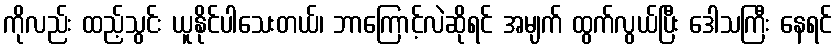
ကိုလည်း ထည့်သွင်း ယူနိုင်ပါသေးတယ်၊ ဘာကြောင့်လဲဆိုရင် အမျက် ထွက်လွယ်ပြီး ဒေါသကြီး နေရင်